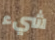
شيء